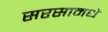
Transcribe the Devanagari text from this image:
सरसामधे